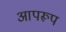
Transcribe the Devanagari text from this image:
आपरूप